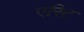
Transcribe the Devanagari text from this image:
एरिट